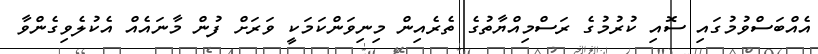
އެއްބަސްވުމުގައި ސޮއި ކުރުމުގެ ރަސްމިއްޔާތުގެ ތެރެއިން މިނިވަންކަމަކީ ވަރަށް ފުން މާނައެއް އެކުލެވިގެންވާ